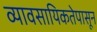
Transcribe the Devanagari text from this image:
व्यावसायिकतेपासून